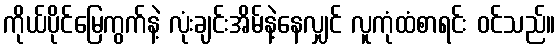
ကိုယ်ပိုင်မြေကွက်နဲ့ လုံးချင်းအိမ်နဲ့နေလျှင် လူကုံထံစာရင်း ဝင်သည်။